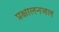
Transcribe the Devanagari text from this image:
प्रक्षालनजल